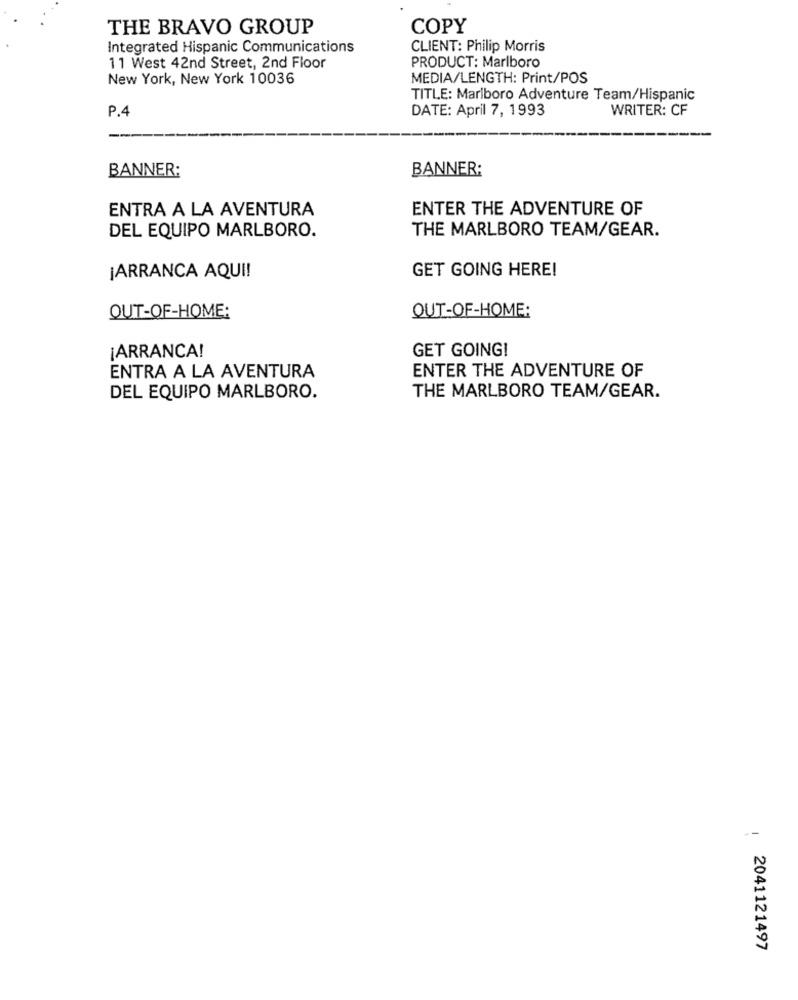
THE BRAVO GROUP
COPY
Integrated Hispanic Communications
CLIENT: Philip Morris
PRODUCT: Marlboro
11 West 42nd Street, 2nd Floor
New York, New York 10036
MEDIA/LENGTH: Print/POS
TITLE: Marlboro Adventure Team/Hispanic
P.4
DATE: April 7, 1993
WRITER: CF
BANNER:
BANNER:
ENTRA A LA AVENTURA
ENTER THE ADVENTURE OF
DEL EQUIPO MARLBORO.
THE MARLBORO TEAM/GEAR.
GET GOING HERE!
¡ARRANCA AQUI!
OUT-OF-HOME:
OUT-OF-HOME:
GET GOING!
¡ARRANCA!
ENTER THE ADVENTURE OF
ENTRA A LA AVENTURA
DEL EQUIPO MARLBORO.
THE MARLBORO TEAM/GEAR.
--
2041121497